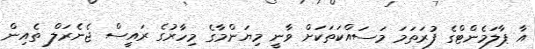
އާ ޕާލަމެންޓްގެ ފުރަތަމަ މަސައްކަތަކަށް ވާނީ މިޔަންމާގެ މިހާރުގެ ރައީސް ޖެނެރަލް ތެއިން